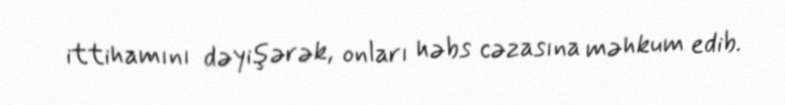
ittihamını dəyişərək, onları həbs cəzasına məhkum edib.